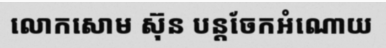
លោកសោម ស៊ុន បន្តចែកអំណោយ